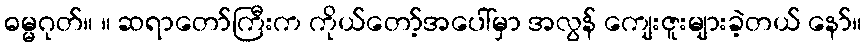
ဓမ္မဂုတ်။ ။ ဆရာတော်ကြီးက ကိုယ်တော့်အပေါ်မှာ အလွန် ကျေးဇူးများခဲ့တယ် နော်။